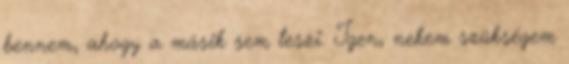
bennem, ahogy a másik sem teszi. Igen, nekem szükségem